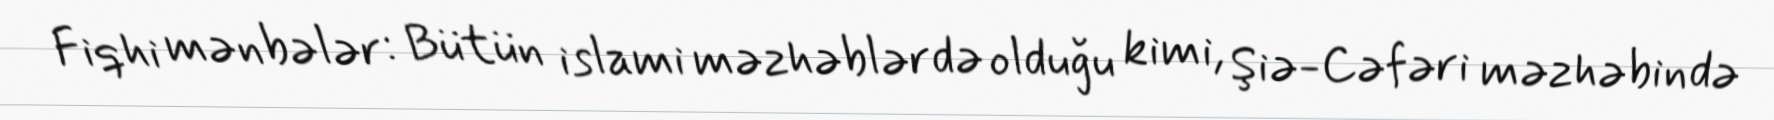
Fiqhi mənbələr: Bütün islami məzhəblərdə olduğu kimi, Şiə-Cəfəri məzhəbində